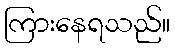
ကြားနေရသည်။